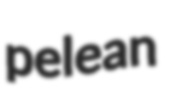
pelean